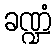
ခဏ္ဍံ